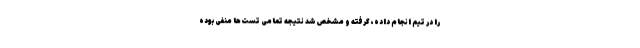
را در تیم انجام داده، گرفته و مشخص شد نتیجه تمامی تست‌ها منفی بوده